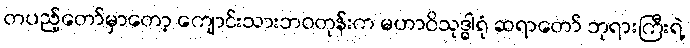
တပည့်တော်မှာတော့ ကျောင်းသားဘဝတုန်းက မဟာဝိသုဒ္ဓါရုံ ဆရာတော် ဘုရားကြီးရဲ့